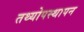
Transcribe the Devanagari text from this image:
तथ्योपस्थापन